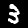
Label: 3